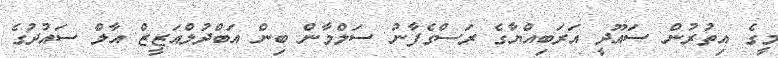
މީގެ އިތުރުން ސައޫދީ އަރަބިއްޔާގެ ރަސްގެފާނު ސަލްމާން ބިން އަބްދުލްއަޒީޒް އާލް ސައުދުގެ